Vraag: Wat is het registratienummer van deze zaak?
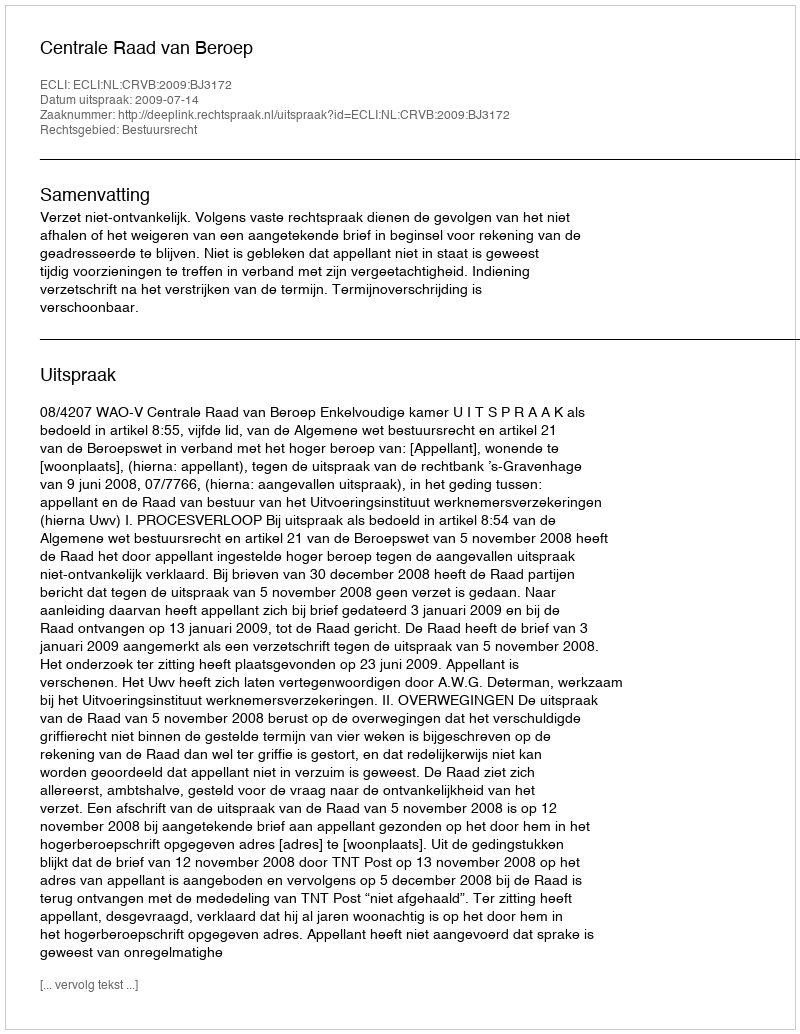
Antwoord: http://deeplink.rechtspraak.nl/uitspraak?id=ECLI:NL:CRVB:2009:BJ3172